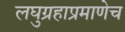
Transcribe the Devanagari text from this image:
लघुग्रहाप्रमाणेच